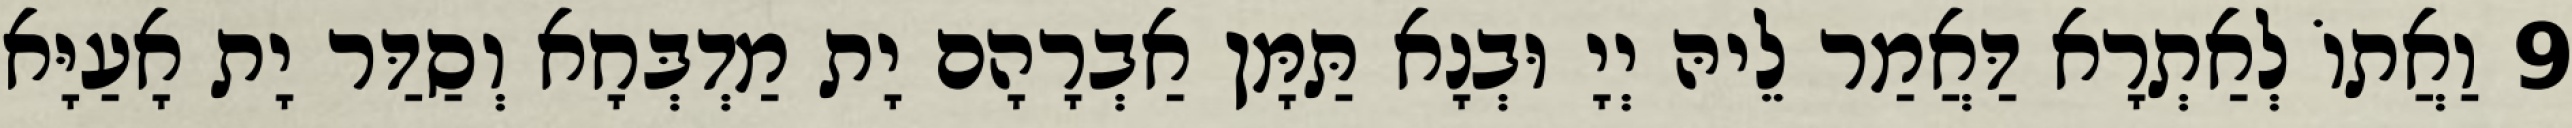
9 וַאֲתוֹ לְאַתְרָא דַּאֲמַר לֵיהּ יְיָ וּבְנָא תַּמָּן אַבְרָהָם יָת מַדְבְּחָא וְסַדַּר יָת אָעַיָּא